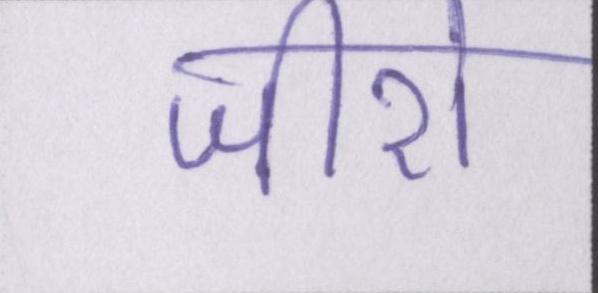
जीरो